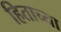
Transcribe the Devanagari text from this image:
हिताच्‍या